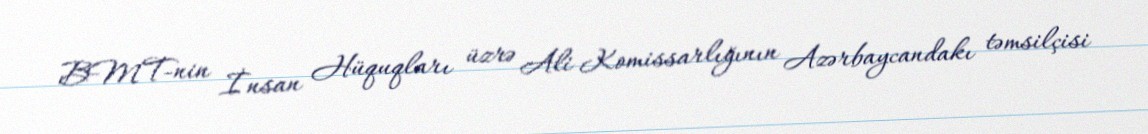
BMT-nin İnsan Hüquqları üzrə Ali Komissarlığının Azərbaycandakı təmsilçisi